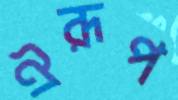
ঐরূপ